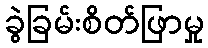
ခွဲခြမ်းစိတ်ဖြာမှု